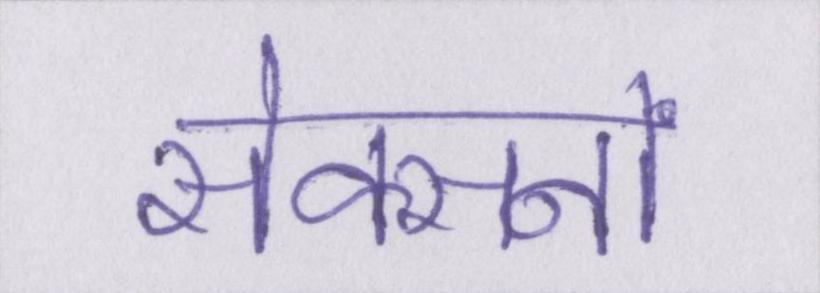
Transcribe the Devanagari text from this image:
सेक्सनों